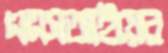
এএসআইয়ের